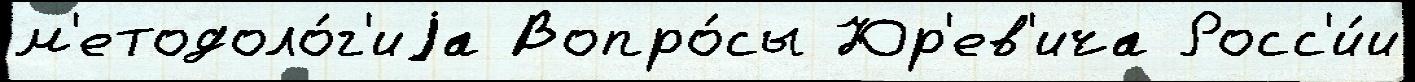
м'етодоло́г'иjа Вопро́сы Юр'ев'ича Росс'и́и